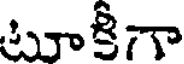
టూకీగా